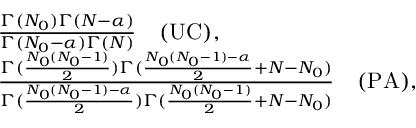
\begin{array} { r l } & { \frac { \Gamma ( N _ { 0 } ) \Gamma ( N - \alpha ) } { \Gamma ( N _ { 0 } - \alpha ) \Gamma ( N ) } \quad \mathrm { ( U C ) } , } \\ & { \frac { \Gamma ( \frac { N _ { 0 } ( N _ { 0 } - 1 ) } { 2 } ) \Gamma ( \frac { N _ { 0 } ( N _ { 0 } - 1 ) - \alpha } { 2 } + N - N _ { 0 } ) } { \Gamma ( \frac { N _ { 0 } ( N _ { 0 } - 1 ) - \alpha } { 2 } ) \Gamma ( \frac { N _ { 0 } ( N _ { 0 } - 1 ) } { 2 } + N - N _ { 0 } ) } \quad \mathrm { ( P A ) } , } \end{array}